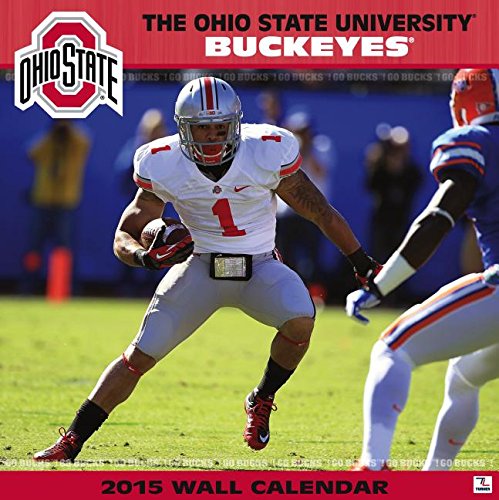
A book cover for Ohio State Buckeyes; Calendars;